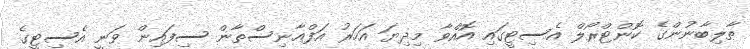
ޠާލިބާނުންގެ ކޮންޓްރޯލް އެސިޓީގައި އޮއްވާ މިދިޔަ އަހަރު އަފްޣާނިސްތާން ސިފައިން ވަނީ އެސިޓީގެ